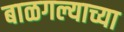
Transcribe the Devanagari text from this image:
बाळगल्याच्या